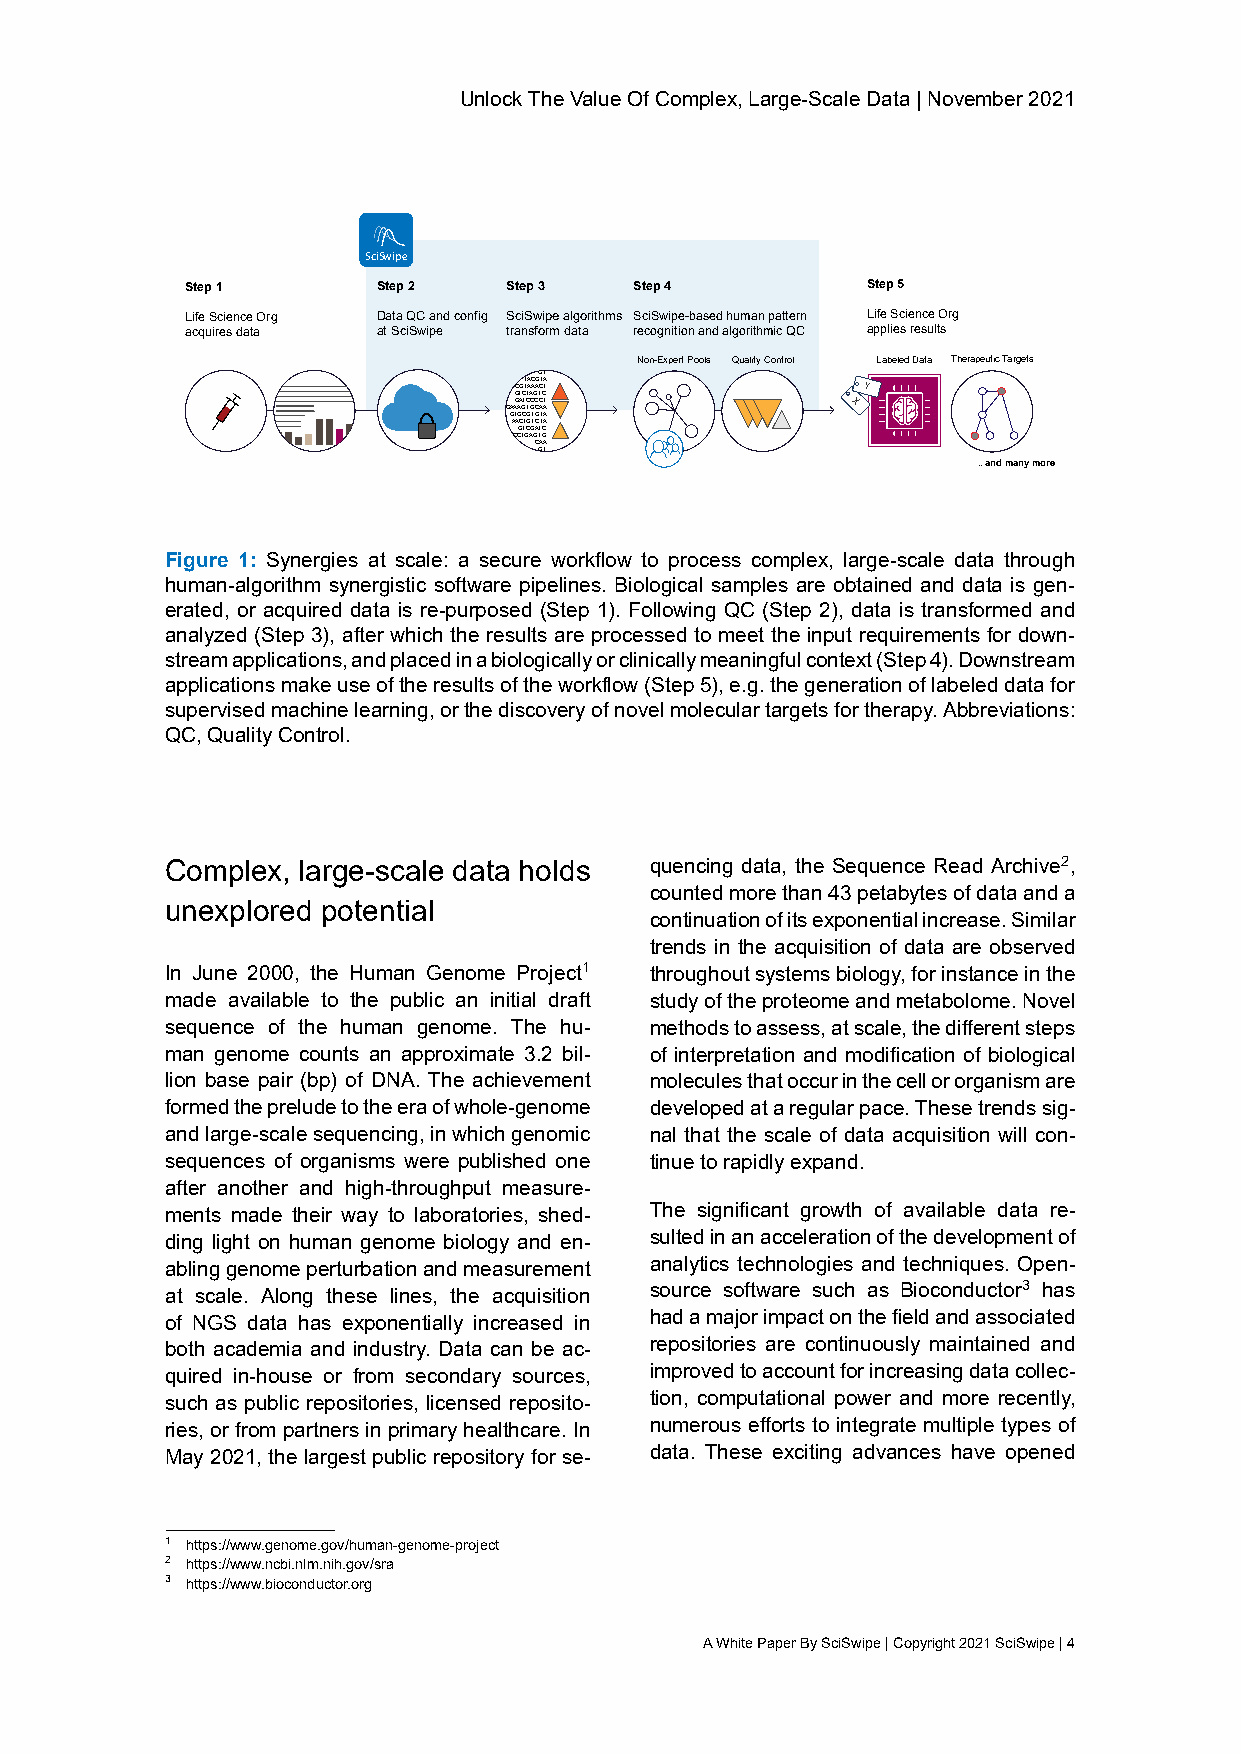
UnlockTheValueOfComplex,Large-ScaleData|November2021
 SciSwipe
 Step 1       Step 2  Step 3   Step 4         Step 5
 Life Science Org Data QC and config SciSwipe algorithms SciSwipe-based human pattern Life Science Org
 acquires data at SciSwipe transform data recognition and algorithmic QC applies results
 Non-Expert Pools Quality Control Labeled Data Therapeutic Targets
 GT
 CGT TAAC AAG CTA T     Y
 GTCTAGTC
 GAAG AA GTC TGCC CC AAT X
 GTGCGTGTA
 AACTGTCTA
 GTCGATC
 CCTGAGTG
 CAA
 GT
 .. and many more
 Figure 1: Synergies at scale: a secure workflow to process complex, large-scale data through
 human-algorithm synergistic software pipelines. Biological samples are obtained and data is gen-
 erated, or acquired data is re-purposed (Step 1). Following QC (Step 2), data is transformed and
 analyzed (Step 3), after which the results are processed to meet the input requirements for down-
 streamapplications,andplacedinabiologicallyorclinicallymeaningfulcontext(Step4).Downstream
 applicationsmakeuseoftheresultsoftheworkflow(Step5),e.g.thegenerationoflabeleddatafor
 supervisedmachinelearning,orthediscoveryofnovelmoleculartargetsfortherapy.Abbreviations:
 QC,QualityControl.
 Complex, large-scale data holds quencing data, the Sequence Read Archive2,
 countedmorethan43petabytesofdataanda
 unexplored potential
 continuationofitsexponentialincrease.Similar
 trends in the acquisition of data are observed
 In June 2000, the Human Genome Project1 throughoutsystemsbiology,forinstanceinthe
 made available to the public an initial draft studyoftheproteomeandmetabolome.Novel
 sequence of the human genome. The hu- methodstoassess,atscale,thedifferentsteps
 man genome counts an approximate 3.2 bil- of interpretation and modification of biological
 lion base pair (bp) of DNA. The achievement moleculesthatoccurinthecellororganismare
 formedthepreludetotheeraofwhole-genome developedataregularpace.Thesetrendssig-
 andlarge-scalesequencing,inwhichgenomic nal that the scale of data acquisition will con-
 sequences of organisms were published one tinuetorapidlyexpand.
 after another and high-throughput measure-
 ments made their way to laboratories, shed- The significant growth of available data re-
 ding light on human genome biology and en- sultedinanaccelerationofthedevelopmentof
 ablinggenomeperturbationandmeasurement analytics technologies and techniques. Open-
 at scale. Along these lines, the acquisition source software such as Bioconductor3 has
 of NGS data has exponentially increased in hadamajorimpactonthefieldandassociated
 both academia and industry. Data can be ac- repositories are continuously maintained and
 quired in-house or from secondary sources, improvedtoaccountforincreasingdatacollec-
 such as public repositories, licensed reposito- tion, computational power and more recently,
 ries, or from partners in primary healthcare. In numerous efforts to integrate multiple types of
 May 2021, the largest public repository for se- data. These exciting advances have opened
 1 https://www.genome.gov/human-genome-project
 2 https://www.ncbi.nlm.nih.gov/sra
 3 https://www.bioconductor.org
 AWhitePaperBySciSwipe|Copyright2021SciSwipe|4